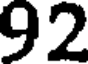
92